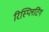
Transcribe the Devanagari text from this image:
रिस्प्लिटिंग